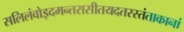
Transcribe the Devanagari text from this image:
सलिलंवोइदमन्तरासीतयदतरस्तंताकानां